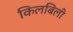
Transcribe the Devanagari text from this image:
किलबिली